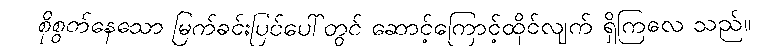
စိုစွတ်နေသော မြက်ခင်းပြင်ပေါ်တွင် ဆောင့်ကြောင့်ထိုင်လျက် ရှိကြလေ သည်။